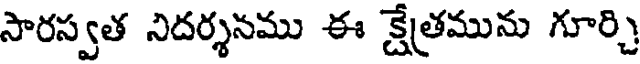
సారస్వత నిదర్శనము ఈ క్షేత్రమును గూర్చి